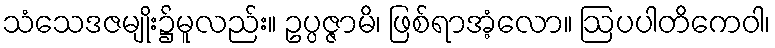
သံသေဒဇမျိုး၌မူလည်း။ ဥပ္ပဇ္ဇာမိ၊ ဖြစ်ရာအံ့လော။ ဩပပါတိကေဝါ၊